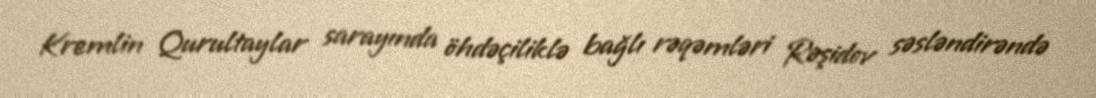
Kremlin Qurultaylar sarayında öhdəçiliklə bağlı rəqəmləri Rəşidov səsləndirəndə